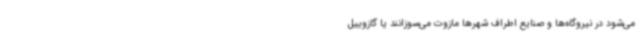
می‌شود در نیروگاه‌ها و صنایع اطراف شهرها مازوت می‌سوزانند یا گازوییل